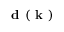
\textbf { d } ( \textbf { k } )